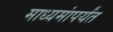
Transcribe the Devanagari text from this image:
माध्यमांपर्यंत